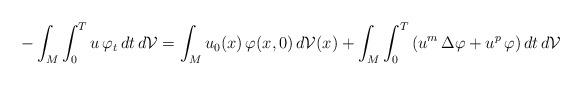
LaTeX: \begin{align*}-\int_M \int_0^T u \, \varphi_t \, dt \, d\mathcal{V} = \int_M u_0(x) \, \varphi(x,0) \, d\mathcal{V}(x) + \int_M \int_0^T \left( u^m \, \Delta \varphi + u^p \, \varphi \right) dt \, d\mathcal{V}\end{align*}